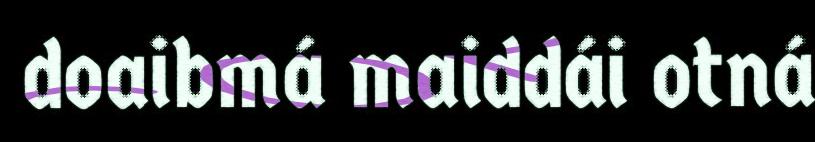
doaibmá maiddái otná